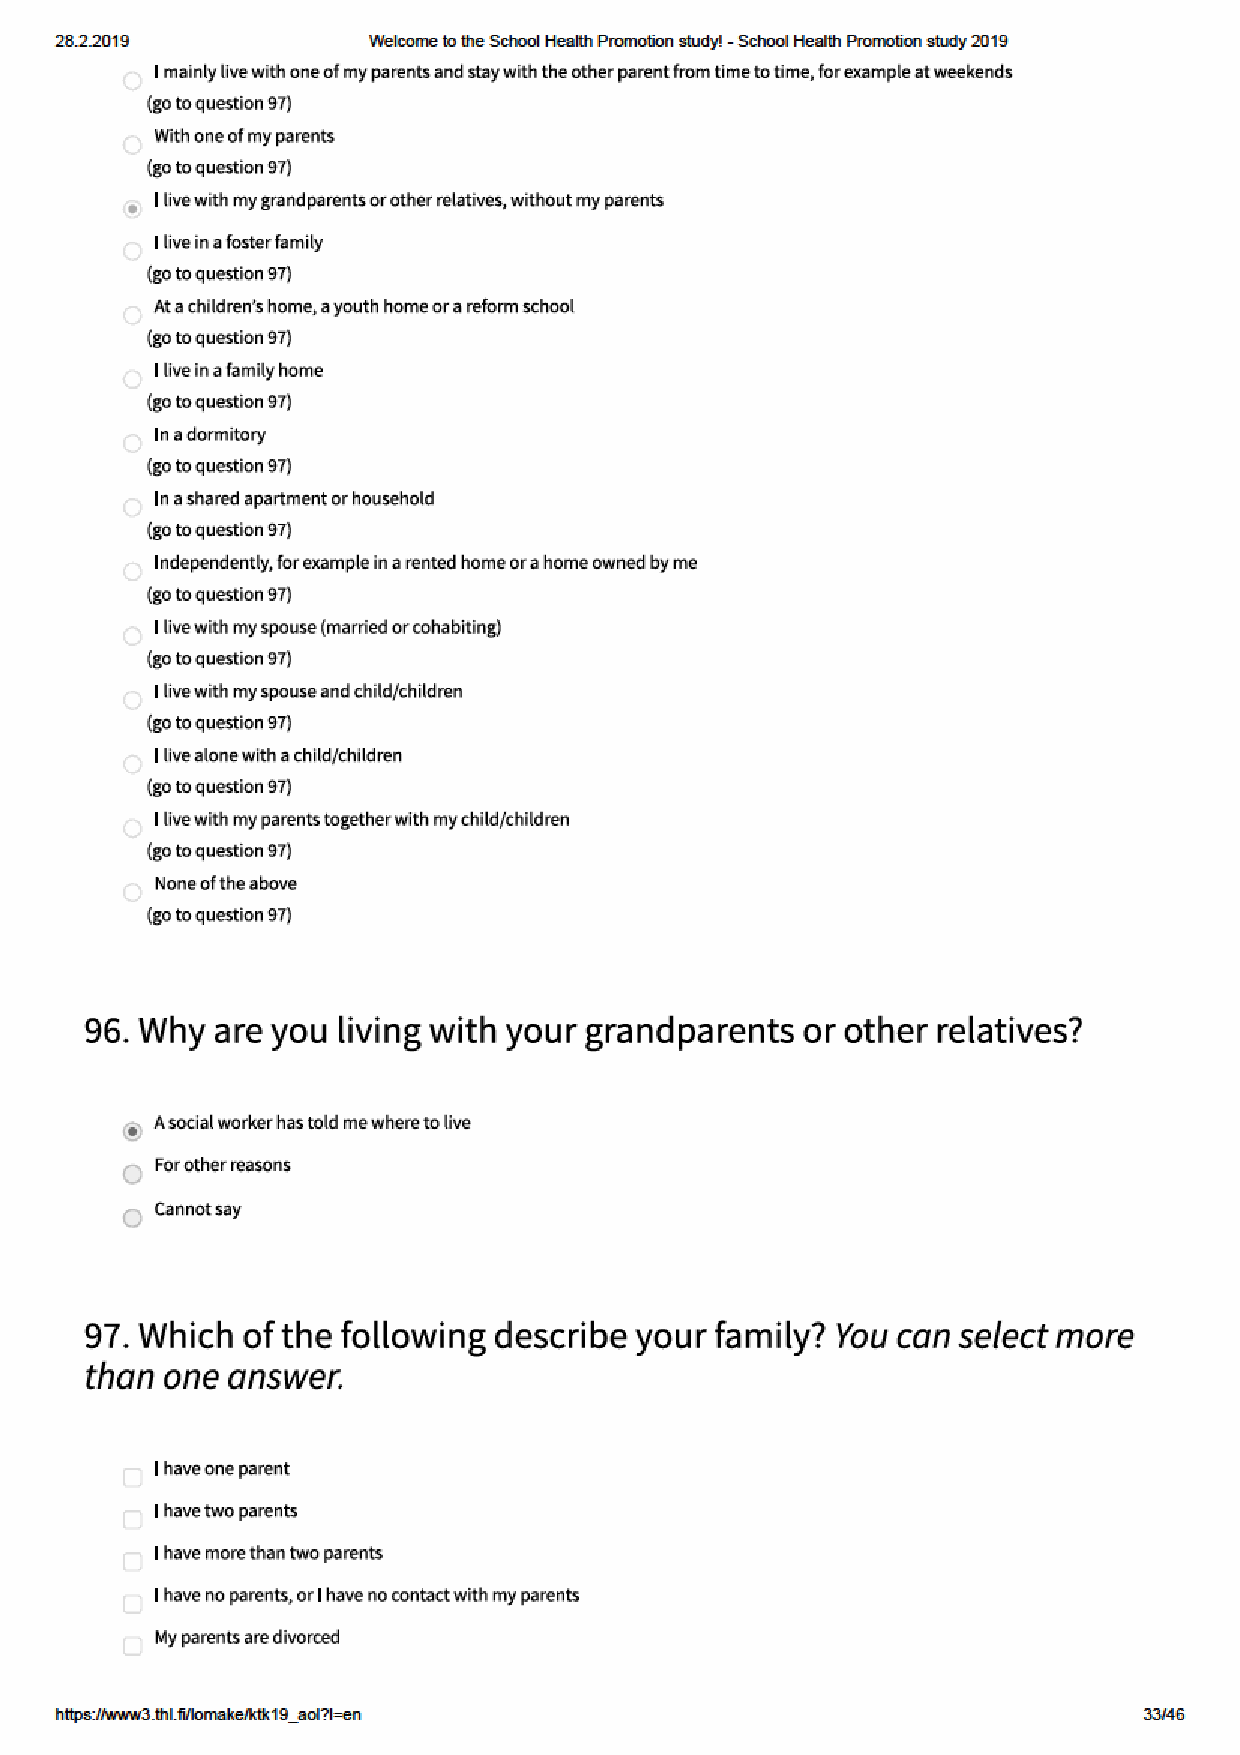
28.2.2019           Welco me to the School Health Pro motion study! - School Health Pro motion study 2019
 https:// w w w3.thl.fi/lo make/ktk19_aol?l=en                           33/46